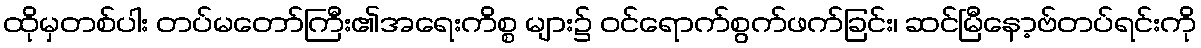
ထိုမှတစ်ပါး တပ်မတော်ကြီး၏အရေးကိစ္စ များ၌ ဝင်ရောက်စွက်ဖက်ခြင်း၊ ဆင်မြီနော့ဗ်တပ်ရင်းကို